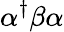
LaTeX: \alpha^{\dagger}\beta\alpha